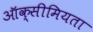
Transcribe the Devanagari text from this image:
ऑक्सीमियता